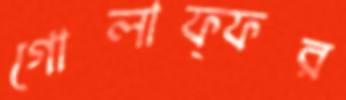
গোলাফ্ফর